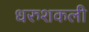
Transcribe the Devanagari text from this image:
धरुशकली